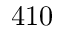
4 1 0